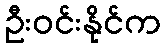
ဦးဝင်းနိုင်က